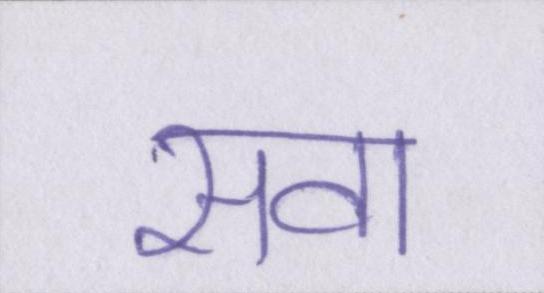
सवा